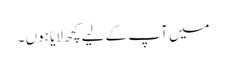
میں آپ کے لیے کچھ لایا ہوں ۔